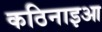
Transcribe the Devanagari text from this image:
कठिनाइआ